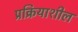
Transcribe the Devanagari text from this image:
प्रक्रियाशील